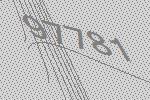
97781